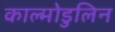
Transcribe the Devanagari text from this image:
काल्मोडुलिन